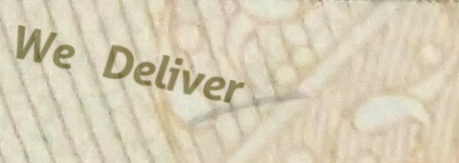
We Deliver